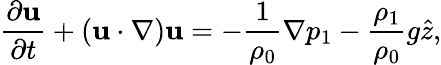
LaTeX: \frac{\partial{\mathbf u}}{\partial t}+\left({\mathbf u}\cdot\nabla\right){\mathbf u}=-\frac{1}{\rho_{0}}\nabla p_{1}-\frac{\rho_{1}}{\rho_{0}}g\hat{z},